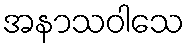
အနာသဝါသေ